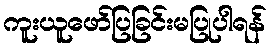
ကူးယူဖော်ပြခြင်းမပြုပါရန်